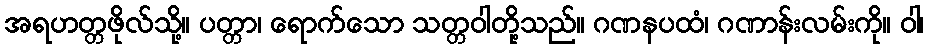
အရဟတ္တဖိုလ်သို့။ ပတ္တာ၊ ရောက်သော သတ္တဝါတို့သည်။ ဂဏနပထံ၊ ဂဏာန်းလမ်းကို။ ဝါ၊